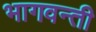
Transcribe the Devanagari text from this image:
भागवन्ती